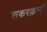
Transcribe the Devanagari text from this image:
शकरक़न्दी